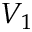
V _ { 1 }